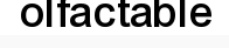
olfactable